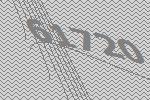
61720